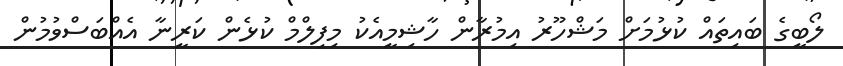
ލޯބީގެ ބައިތައް ކުޅުމަށް މަޝްހޫރު އިމުރާން ހާޝިމީއެކު މިފިލްމް ކުޅެން ކަރީނާ އެއްބަސްވުމުން